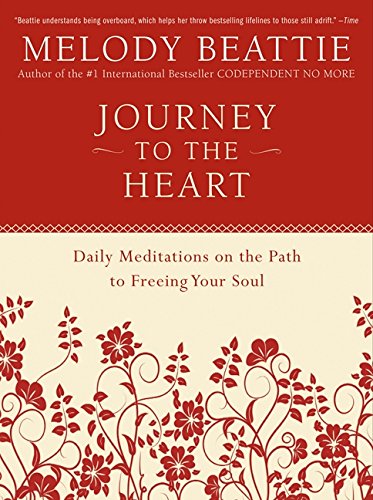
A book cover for Journey to the Heart: Daily Meditations on the Path to Freeing Your Soul; Melody Beattie; Self-Help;